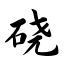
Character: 硗